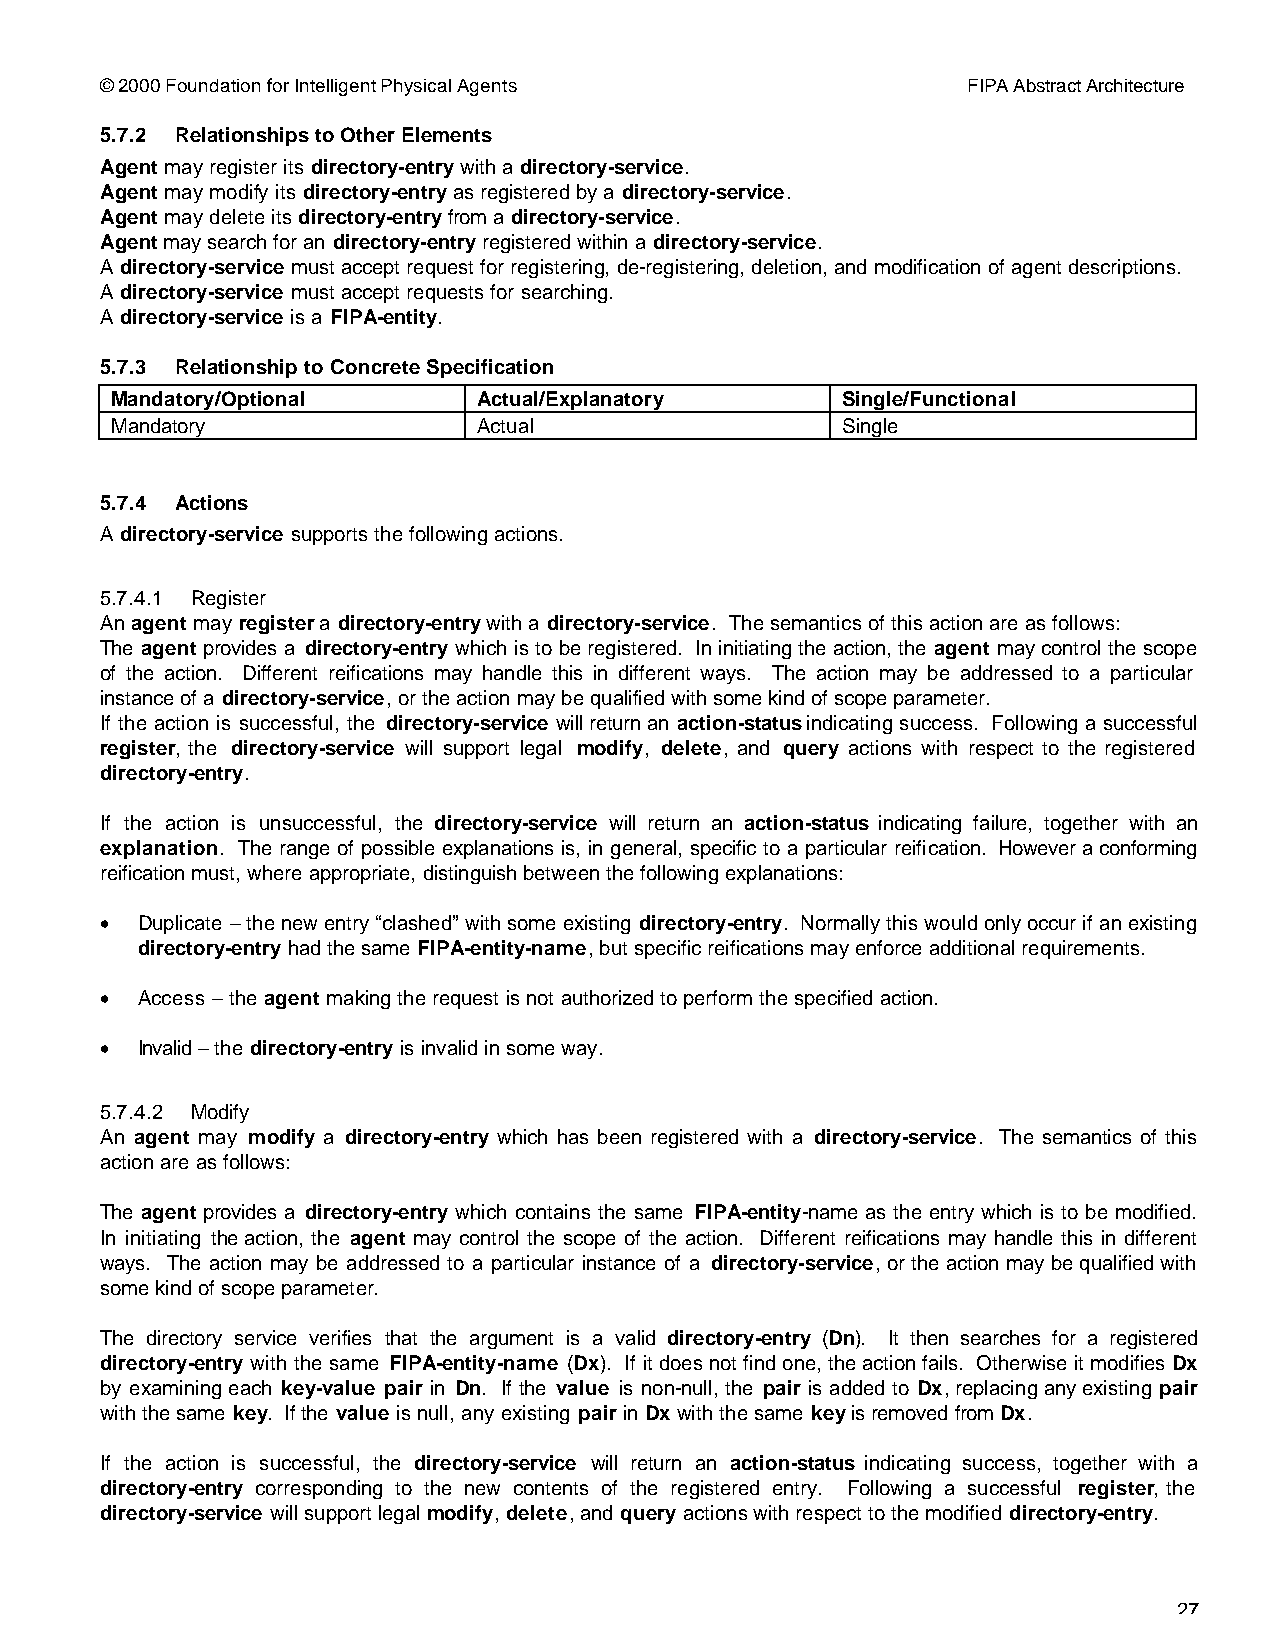
© 2000 Foundation for Intelligent Physical Agents        FIPA Abstract Architecture
 5.7.2 Relationships to Other Elements
 Agent may register its directory-entry with a directory-service.
 Agent may modify its directory-entry as registered by a directory-service.
 Agent may delete its directory-entry from a directory-service.
 Agent may search for an directory-entry registered within a directory-service.
 A directory-service must accept request for registering, de-registering, deletion, and modification of agent descriptions.
 A directory-service must accept requests for searching.
 A directory-service is a FIPA-entity.
 5.7.3 Relationship to Concrete Specification
 Mandatory/Optional       Actual/Explanatory      Single/Functional
 Mandatory                Actual                  Single
 5.7.4 Actions
 A directory-service supports the following actions.
 5.7.4.1 Register
 An agent may register a directory-entry with a directory-service. The semantics of this action are as follows:
 The agent provides a directory-entry which is to be registered. In initiating the action, the agent may control the scope
 of the action. Different reifications may handle this in different ways. The action may be addressed to a particular
 instance of a directory-service, or the action may be qualified with some kind of scope parameter.
 If the action is successful, the directory-service will return an action-status indicating success. Following a successful
 register, the directory-service will support legal modify, delete, and query actions with respect to the registered
 directory-entry.
 If the action is unsuccessful, the directory-service will return an action-status indicating failure, together with an
 explanation. The range of possible explanations is, in general, specific to a particular reification. However a conforming
 reification must, where appropriate, distinguish between the following explanations:
 • Duplicate – the new entry “clashed” with some existing directory-entry. Normally this would only occur if an existing
 directory-entry had the same FIPA-entity-name, but specific reifications may enforce additional requirements.
 • Access – the agent making the request is not authorized to perform the specified action.
 • Invalid – the directory-entry is invalid in some way.
 5.7.4.2 Modify
 An agent may modify a directory-entry which has been registered with a directory-service. The semantics of this
 action are as follows:
 The agent provides a directory-entry which contains the same FIPA-entity-name as the entry which is to be modified.
 In initiating the action, the agent may control the scope of the action. Different reifications may handle this in different
 ways. The action may be addressed to a particular instance of a directory-service, or the action may be qualified with
 some kind of scope parameter.
 The directory service verifies that the argument is a valid directory-entry (Dn). It then searches for a registered
 directory-entry with the same FIPA-entity-name (Dx). If it does not find one, the action fails. Otherwise it modifies Dx
 by examining each key-value pair in Dn. If the value is non-null, the pair is added to Dx, replacing any existing pair
 with the same key. If the value is null, any existing pair in Dx with the same key is removed from Dx.
 If the action is successful, the directory-service will return an action-status indicating success, together with a
 directory-entry corresponding to the new contents of the registered entry. Following a successful register, the
 directory-service will support legal modify, delete, and query actions with respect to the modified directory-entry.
 27